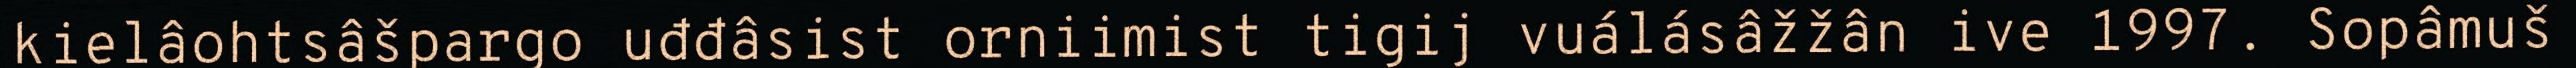
kielâohtsâšpargo uđđâsist orniimist tigij vuálásâžžân ive 1997. Sopâmuš